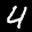
Label: 4